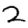
Digit: 2